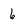
Character: 6